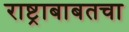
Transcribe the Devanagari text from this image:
राष्ट्राबाबतचा